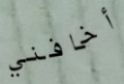
أخافني